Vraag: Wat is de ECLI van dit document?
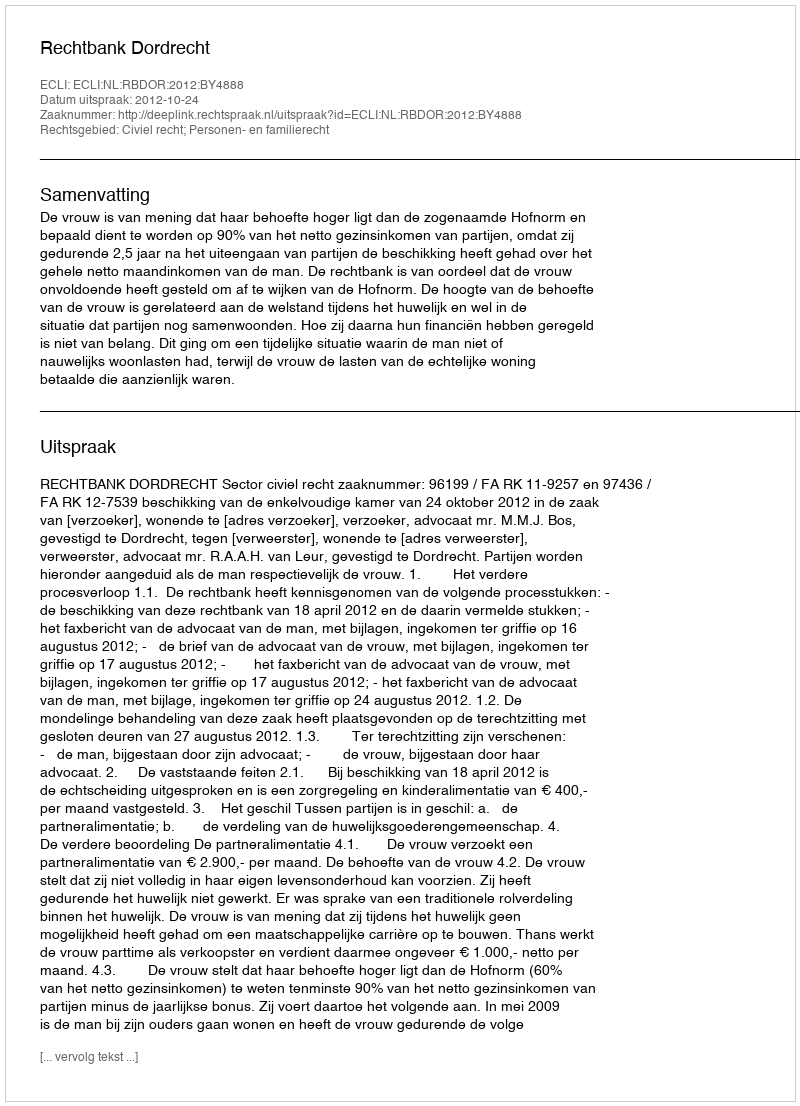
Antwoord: ECLI:NL:RBDOR:2012:BY4888